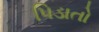
પિડાતો